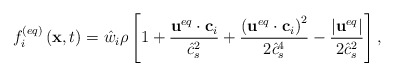
\begin{align*}f_i^{\left( {eq} \right)}\left( {{\bf{x}},t} \right) = {{\hat w}_i}\rho \left[ {1 + \frac{{{{\bf{u}}^{eq}} \cdot {{\bf{c}}_i}}}{{\hat c_s^2}} + \frac{{{{\left( {{{\bf{u}}^{eq}} \cdot {{\bf{c}}_i}} \right)}^2}}}{{2\hat c_s^4}} - \frac{{\left| {{{\bf{u}}^{eq}}} \right|}}{{2\hat c_s^2}}} \right],\end{align*}